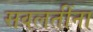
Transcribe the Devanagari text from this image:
सवलतींना